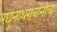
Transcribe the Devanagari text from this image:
रघुनाथरावांनीच